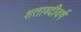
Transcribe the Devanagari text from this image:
शताब्दीवर्ष